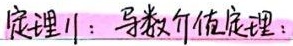
定理1：导数介值定理：